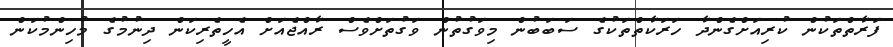
ފަރާތްތަކުން ކުރިއަށްގެންދާ ހަރަކާތްތަކުގެ ސަބަބުން މިވަގުތުން ވަގުތަށްވެސް ރާއްޖެއަށް އެހީތެރިކަން ދިނުމުގެ މުހިންމުކަން